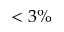
< 3 \%